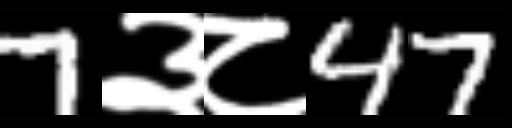
Text: 7३८47